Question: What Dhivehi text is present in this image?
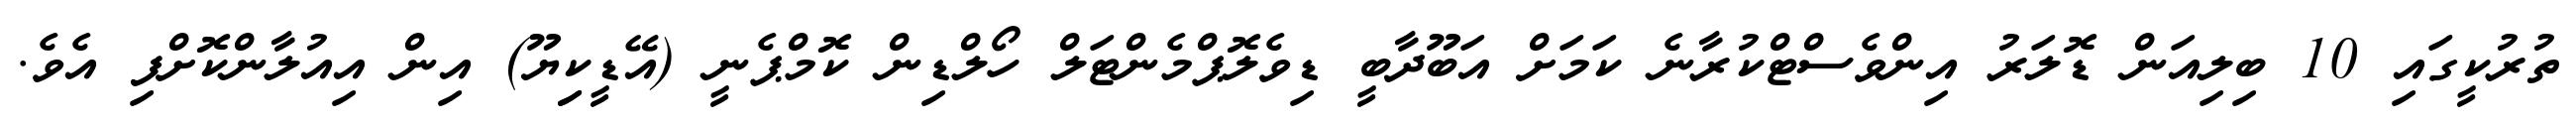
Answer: ތުރުކީގައި 10 ބިލިއަން ޑޮލަރު އިންވެސްޓްކުރާނެ ކަމަށް އަބޫދާބީ ޑިވެލޮޕްމެންޓަލް ހޯލްޑިން ކޮމްޕެނީ (އޭޑީކިިޔޫ) އިން އިއުލާންކޮށްފި އެވެ.